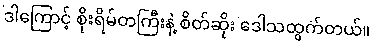
ဒါကြောင့် စိုးရိမ်တကြီးနဲ့ စိတ်ဆိုး ဒေါသထွက်တယ်။